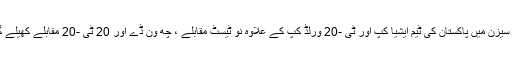
اس سیزن میں پاکستان کی ٹیم ایشیا کپ اور ٹی -20 ورلڈ کپ کے علاوہ نو ٹیسٹ مقابلے ، چھ ون ڈے اور 20 ٹی -20 مقابلے کھیلے گی۔